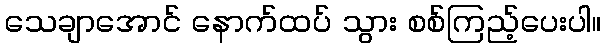
သေချာအောင် နောက်ထပ် သွား စစ်ကြည့်ပေးပါ။